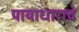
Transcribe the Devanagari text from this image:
पायाधाराचे